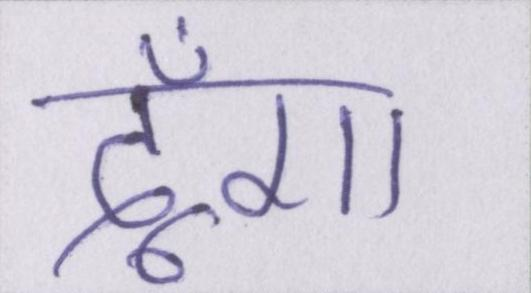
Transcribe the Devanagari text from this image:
दूँगा